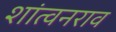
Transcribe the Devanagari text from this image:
शांत्वनराव